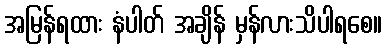
အမြန်ရထား နံပါတ် အချိန် မှန်လားသိပါရစေ။